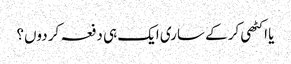
یا اکٹھی کر کے ساری ایک ہی دفعہ کر دوں؟